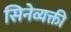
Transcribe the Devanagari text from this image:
सिनेव्यक्ती